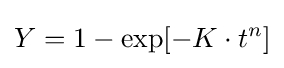
Y=1-\exp[-K\cdot t^{n}]